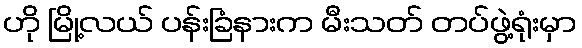
ဟို မြို့လယ် ပန်းခြံနားက မီးသတ် တပ်ဖွဲ့ရုံးမှာ